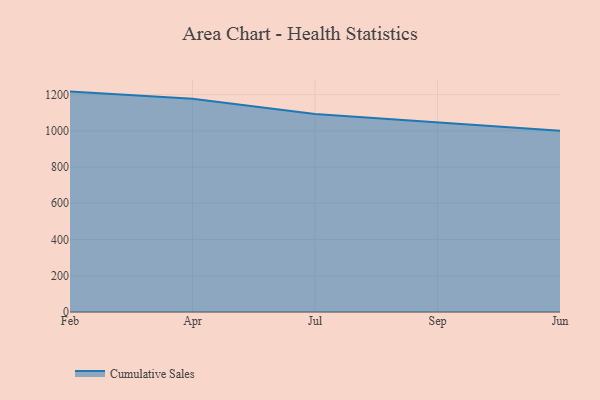
{"axis": {"x": "Month", "y": "Page Views"}, "legend": ["Cumulative Sales"], "data": [{"x": "Feb", "y": 1216.4, "type": "Cumulative Sales"}, {"x": "Apr", "y": 1176.4, "type": "Cumulative Sales"}, {"x": "Jul", "y": 1092.7, "type": "Cumulative Sales"}, {"x": "Sep", "y": 1047.6, "type": "Cumulative Sales"}, {"x": "Jun", "y": 1001.0, "type": "Cumulative Sales"}]}